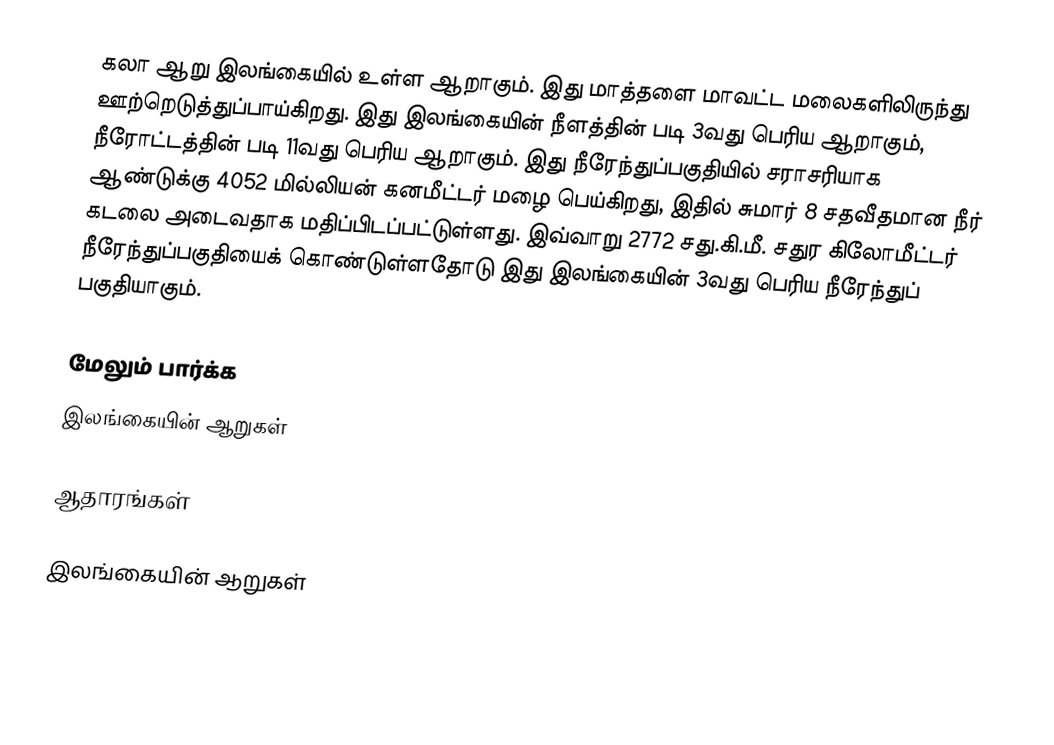
கலா ஆறு இலங்கையில் உள்ள ஆறாகும். இது மாத்தளை மாவட்ட மலைகளிலிருந்து ஊற்றெடுத்துப்பாய்கிறது. இது இலங்கையின் நீளத்தின் படி 3வது பெரிய ஆறாகும், நீரோட்டத்தின் படி  11வது பெரிய  ஆறாகும். இது  நீரேந்துப்பகுதியில் சராசரியாக ஆண்டுக்கு 4052 மில்லியன் கனமீட்டர் மழை பெய்கிறது, இதில் சுமார் 8 சதவீதமான நீர் கடலை அடைவதாக மதிப்பிடப்பட்டுள்ளது. இவ்வாறு 2772 சது.கி.மீ. சதுர கிலோமீட்டர் நீரேந்துப்பகுதியைக் கொண்டுள்ளதோடு இது இலங்கையின் 3வது பெரிய நீரேந்துப் பகுதியாகும்.

மேலும் பார்க்க
 இலங்கையின் ஆறுகள்

ஆதாரங்கள்

இலங்கையின் ஆறுகள்